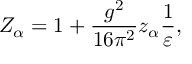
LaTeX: Z _ { \alpha } = 1 + \frac { g ^ { 2 } } { 1 6 \pi ^ { 2 } } z _ { \alpha } \frac { 1 } { \varepsilon } ,